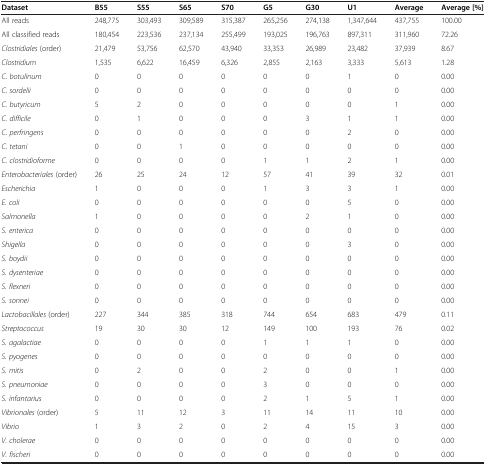
<table><thead><tr><td><b>Dataset</b></td><td><b>B55</b></td><td><b>S55</b></td><td><b>S65</b></td><td><b>S70</b></td><td><b>G5</b></td><td><b>G30</b></td><td><b>U1</b></td><td><b>Average</b></td><td><b>Average [%]</b></td></tr></thead><tbody><tr><td>All reads</td><td>248,775</td><td>303,493</td><td>309,589</td><td>315,387</td><td>265,256</td><td>274,138</td><td>1,347,644</td><td>437,755</td><td>100.00</td></tr><tr><td>All classified reads</td><td>180,454</td><td>223,536</td><td>237,134</td><td>255,499</td><td>193,025</td><td>196,763</td><td>897,311</td><td>311,960</td><td>72.26</td></tr><tr><td><i>Clostridiales </i>(order)</td><td>21,479</td><td>53,756</td><td>62,570</td><td>43,940</td><td>33,353</td><td>26,989</td><td>23,482</td><td>37,939</td><td>8.67</td></tr><tr><td><i>Clostridium</i></td><td>1,535</td><td>6,622</td><td>16,459</td><td>6,326</td><td>2,855</td><td>2,163</td><td>3,333</td><td>5,613</td><td>1.28</td></tr><tr><td><i>C. botulinum</i></td><td>0</td><td>0</td><td>0</td><td>0</td><td>0</td><td>0</td><td>1</td><td>0</td><td>0.00</td></tr><tr><td><i>C. sordelii</i></td><td>0</td><td>0</td><td>0</td><td>0</td><td>0</td><td>0</td><td>0</td><td>0</td><td>0.00</td></tr><tr><td><i>C. butyricum</i></td><td>5</td><td>2</td><td>0</td><td>0</td><td>0</td><td>0</td><td>0</td><td>1</td><td>0.00</td></tr><tr><td><i>C. difficile</i></td><td>0</td><td>1</td><td>0</td><td>0</td><td>0</td><td>3</td><td>1</td><td>1</td><td>0.00</td></tr><tr><td><i>C. perfringens</i></td><td>0</td><td>0</td><td>0</td><td>0</td><td>0</td><td>0</td><td>2</td><td>0</td><td>0.00</td></tr><tr><td><i>C. tetani</i></td><td>0</td><td>0</td><td>1</td><td>0</td><td>0</td><td>0</td><td>0</td><td>0</td><td>0.00</td></tr><tr><td><i>C. clostridioforme</i></td><td>0</td><td>0</td><td>0</td><td>0</td><td>1</td><td>1</td><td>2</td><td>1</td><td>0.00</td></tr><tr><td><i>Enterobacteriales </i>(order)</td><td>26</td><td>25</td><td>24</td><td>12</td><td>57</td><td>41</td><td>39</td><td>32</td><td>0.01</td></tr><tr><td><i>Escherichia</i></td><td>1</td><td>0</td><td>0</td><td>0</td><td>1</td><td>3</td><td>3</td><td>1</td><td>0.00</td></tr><tr><td><i>E. coli</i></td><td>0</td><td>0</td><td>0</td><td>0</td><td>0</td><td>0</td><td>5</td><td>0</td><td>0.00</td></tr><tr><td><i>Salmonella</i></td><td>1</td><td>0</td><td>0</td><td>0</td><td>0</td><td>2</td><td>1</td><td>0</td><td>0.00</td></tr><tr><td><i>S. enterica</i></td><td>0</td><td>0</td><td>0</td><td>0</td><td>0</td><td>0</td><td>0</td><td>0</td><td>0.00</td></tr><tr><td><i>Shigella</i></td><td>0</td><td>0</td><td>0</td><td>0</td><td>0</td><td>0</td><td>3</td><td>0</td><td>0.00</td></tr><tr><td><i>S. boydii</i></td><td>0</td><td>0</td><td>0</td><td>0</td><td>0</td><td>0</td><td>0</td><td>0</td><td>0.00</td></tr><tr><td><i>S. dysenteriae</i></td><td>0</td><td>0</td><td>0</td><td>0</td><td>0</td><td>0</td><td>0</td><td>0</td><td>0.00</td></tr><tr><td><i>S. flexneri</i></td><td>0</td><td>0</td><td>0</td><td>0</td><td>0</td><td>0</td><td>0</td><td>0</td><td>0.00</td></tr><tr><td><i>S. sonnei</i></td><td>0</td><td>0</td><td>0</td><td>0</td><td>0</td><td>0</td><td>0</td><td>0</td><td>0.00</td></tr><tr><td><i>Lactobacillales </i>(order)</td><td>227</td><td>344</td><td>385</td><td>318</td><td>744</td><td>654</td><td>683</td><td>479</td><td>0.11</td></tr><tr><td><i>Streptococcus</i></td><td>19</td><td>30</td><td>30</td><td>12</td><td>149</td><td>100</td><td>193</td><td>76</td><td>0.02</td></tr><tr><td><i>S. agalactiae</i></td><td>0</td><td>0</td><td>0</td><td>0</td><td>1</td><td>1</td><td>1</td><td>0</td><td>0.00</td></tr><tr><td><i>S. pyogenes</i></td><td>0</td><td>0</td><td>0</td><td>0</td><td>0</td><td>0</td><td>0</td><td>0</td><td>0.00</td></tr><tr><td><i>S. mitis</i></td><td>0</td><td>2</td><td>0</td><td>0</td><td>2</td><td>0</td><td>0</td><td>1</td><td>0.00</td></tr><tr><td><i>S. pneumoniae</i></td><td>0</td><td>0</td><td>0</td><td>0</td><td>3</td><td>0</td><td>0</td><td>0</td><td>0.00</td></tr><tr><td><i>S. infantarius</i></td><td>0</td><td>0</td><td>0</td><td>0</td><td>2</td><td>1</td><td>5</td><td>1</td><td>0.00</td></tr><tr><td><i>Vibrionales </i>(order)</td><td>5</td><td>11</td><td>12</td><td>3</td><td>11</td><td>14</td><td>11</td><td>10</td><td>0.00</td></tr><tr><td><i>Vibrio</i></td><td>1</td><td>3</td><td>2</td><td>0</td><td>2</td><td>4</td><td>15</td><td>3</td><td>0.00</td></tr><tr><td><i>V. cholerae</i></td><td>0</td><td>0</td><td>0</td><td>0</td><td>0</td><td>0</td><td>0</td><td>0</td><td>0.00</td></tr><tr><td><i>V. fischeri</i></td><td>0</td><td>0</td><td>0</td><td>0</td><td>0</td><td>0</td><td>0</td><td>0</td><td>0.00</td></tr></tbody></table>